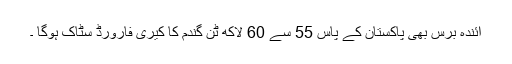
آئندہ برس بھی پاکستان کے پاس 55 سے 60 لاکھ ٹن گندم کا کیری فارورڈ سٹاک ہوگا ۔